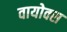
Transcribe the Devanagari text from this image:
वायोक्स